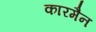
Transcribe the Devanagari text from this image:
कारमैन